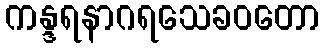
ကန္ဒရနာဂရသေခဝတော